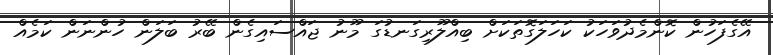
އޭގެފަހުން ކޮންމެދުވަހަކު ކަހަލަގޮތަކަށް ބިއްލޫރިގަނޑުގަ މޫނު ޖައްސައިގެން ބޭރު ބަލަން ހުންނަން ކަމެއް